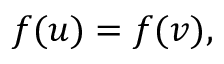
f ( u ) = f ( v ) ,